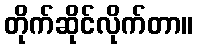
တိုက်ဆိုင်လိုက်တာ။